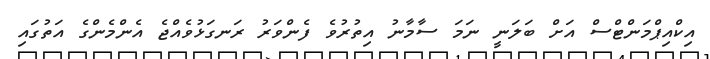
އިކްއިޕްމަންޓްސް އަށް ބަލަނީ ނަމަ ސާމާނު އިތުރުވެ ފެންވަރު ރަނގަޅުވެއްޖެ އެންމެންގެ އަތުގައި